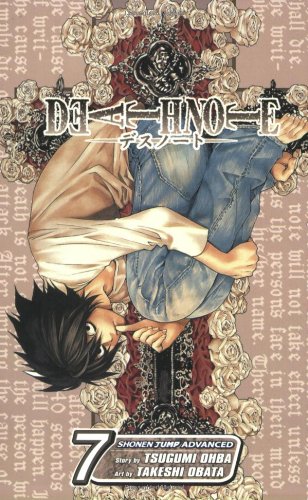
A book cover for Death Note, Vol. 7; Tsugumi Ohba; Comics & Graphic Novels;